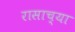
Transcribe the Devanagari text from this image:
रासाच्या